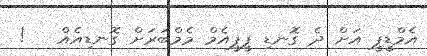
އެމްޑީޕީ އަށް ދެ ގޮނޑި ޕީޕީއެމް މެމްބަރަށް ގޮނޑިއެއް   !